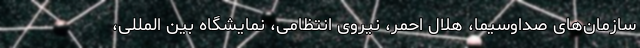
سازمان‌های صداوسیما، هلال احمر، نیروی انتظامی، نمایشگاه بین المللی،